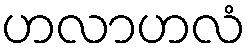
ဟလာဟလံ